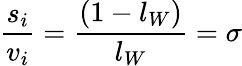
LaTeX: {\frac{s_{i}}{v_{i}}}={\frac{(1-l_{W})}{l_{W}}}=\sigma